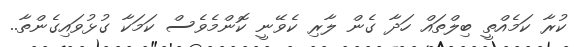
ކުރާ ކަމެއްތީ ބިލްތައް ހަދާ ގެން ލާރި ކެވޭނީ ކޮންމެވެސް ކަމަކާ ގުޅުވައިގެންތާ..